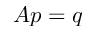
A p = q